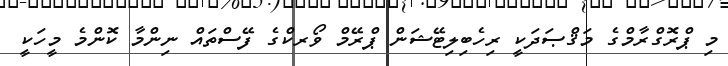
މި ޕްރޮގްރާމްގެ މަޤްޞަދަކީ ރިހެބިލިޓޭޝަން ޕްރޭމް ވޯރކްގެ ފޭސްތައް ނިންމާ ކޮންމެ މީހަކީ